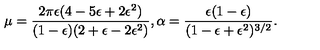
\mu = { \frac { 2 \pi \epsilon ( 4 - 5 \epsilon + 2 \epsilon ^ { 2 } ) } { ( 1 - \epsilon ) ( 2 + \epsilon - 2 \epsilon ^ { 2 } ) } } , \alpha = { \frac { \epsilon ( 1 - \epsilon ) } { ( 1 - \epsilon + \epsilon ^ { 2 } ) ^ { 3 / 2 } } } .